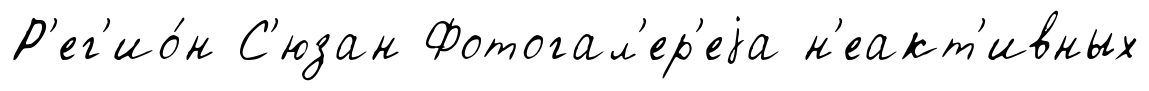
Р'ег'ио́н С'юзан Фотогал'ер'еjа н'еакт'ивных